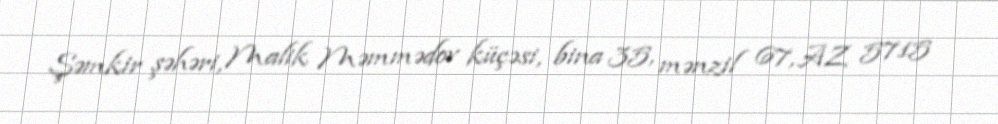
Şəmkir şəhəri, Malik Məmmədov küçəsi, bina 35, mənzil 67, AZ 5715